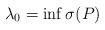
LaTeX: \begin{align*} \lambda_0= \inf \sigma (P)\end{align*}